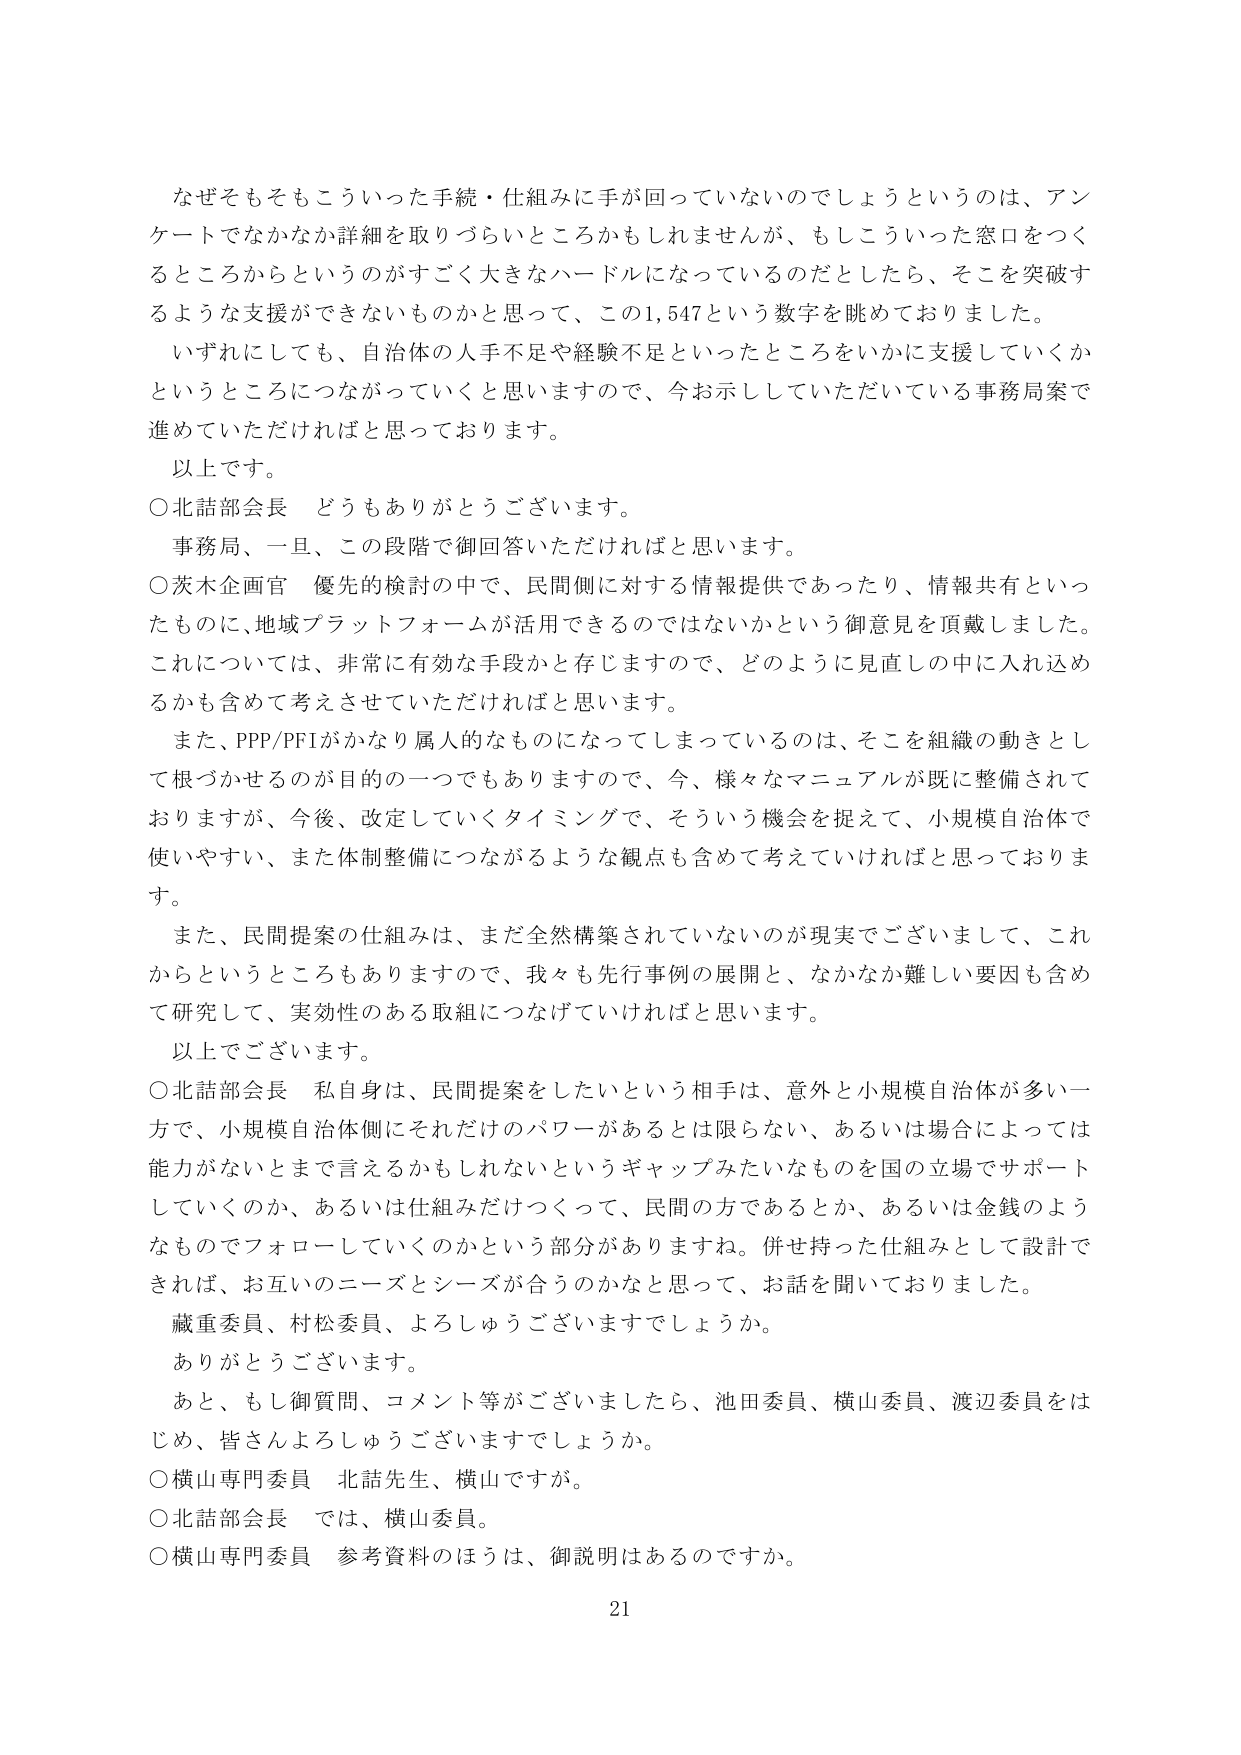
なぜそもそもこういった手続・仕組みに手が回っていないのでしょうというのは、アンケートでなかなか詳細を取りづらいところかもしれませんが、もしこういった窓口をつくるところからというのがすごく大きなハードルになっているのだとしたら、そこを突破するような支援ができないものかと思って、この1,547という数字を眺めておりました。

いずれにしても、自治体の人手不足や経験不足といったところをいかに支援していくかというところにつながっていくと思いますので、今お示ししていただいている事務局案で進めていただければと思っております。

以上です。

○北詰部会長　どうもありがとうございます。
事務局、一旦、この段階で御回答いただければと思います。

○茨木企画官　優先的検討の中で、民間側に対する情報提供であったり、情報共有といったものに、地域プラットフォームが活用できるのではないかという御意見を頂戴しました。これについては、非常に有効な手段かと存じますので、どのように見直しの中に入れ込むかも含めて考えさせていただければと思います。

また、PPP/PFIがかなり属人的なものになってしまっているのは、そこを組織の動きとして根づかせるのが目的の一つでもありますので、今、様々なマニュアルが既に整備されておりますが、今後、改定していくタイミングで、そういう機会を捉えて、小規模自治体で使いやすい、また体制整備につながるような観点も含めて考えていければと思っております。

また、民間提案の仕組みは、まだ全然構築されていないのが現実でございまして、これからというところもありますので、我々も先行事例の展開と、なかなか難しい要因も含めて研究して、実効性のある取組につなげていければと思います。

以上でございます。

○北詰部会長　私自身は、民間提案をしたいという相手は、意外と小規模自治体が多い一方で、小規模自治体側にそれだけのパワーがあるとは限らない、あるいは場合によっては能力がないとまで言えるかもしれないというギャップみたいなものを国の立場でサポートしていくのか、あるいは仕組みだけつくって、民間の方であるとか、あるいは金銭のようなものでフォローしていくのかという部分がありますね。併せ持った仕組みとして設計できれば、お互いのニーズとシーズが合うのかなと思って、お話を聞いておりました。

蔵重委員、村松委員、よろしうございますでしょうか。

ありがとうございます。

あと、もし御質問、コメント等がございましたら、池田委員、横山委員、渡辺委員をはじめ、皆さんよろしうございますでしょうか。

○横山専門委員　北詰先生、横山ですが。

○北詰部会長　では、横山委員。

○横山専門委員　参考資料のほうは、御説明はあるのですか。

21